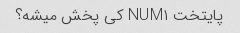
پایتخت NUM۱ کی پخش میشه؟